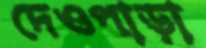
দেওপাড়া